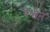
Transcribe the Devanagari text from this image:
येथीन